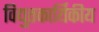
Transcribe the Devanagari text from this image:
विद्युतकार्यिकीय